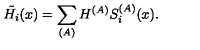
\tilde { H _ { i } } ( x ) = \sum _ { ( A ) } H ^ { ( A ) } S _ { i } ^ { ( A ) } ( x ) .